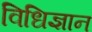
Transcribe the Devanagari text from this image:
विधिज्ञान